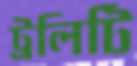
ট্রলিটি